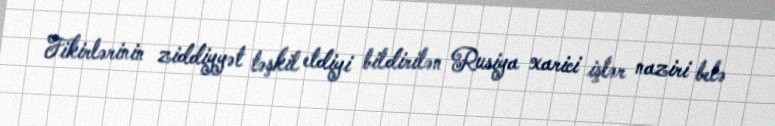
Fikirlərinin ziddiyyət təşkil etdiyi bildirilən Rusiya xarici işlər naziri belə